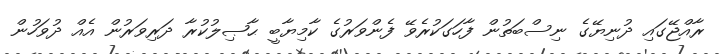
ރާއްޖޭގައި ދުނިޔޭގެ ނިސްބަތުން ފާހަގަކުރެވޭ ފެންވަރުގެ ކާމިޔާބީ ޙާޞިލުކުރާ ދަރިވަރުން އެއް ދުވަހުން